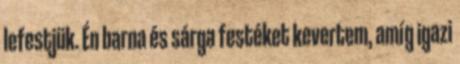
lefestjük. Én barna és sárga festéket kevertem, amíg igazi